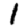
Digit: 1